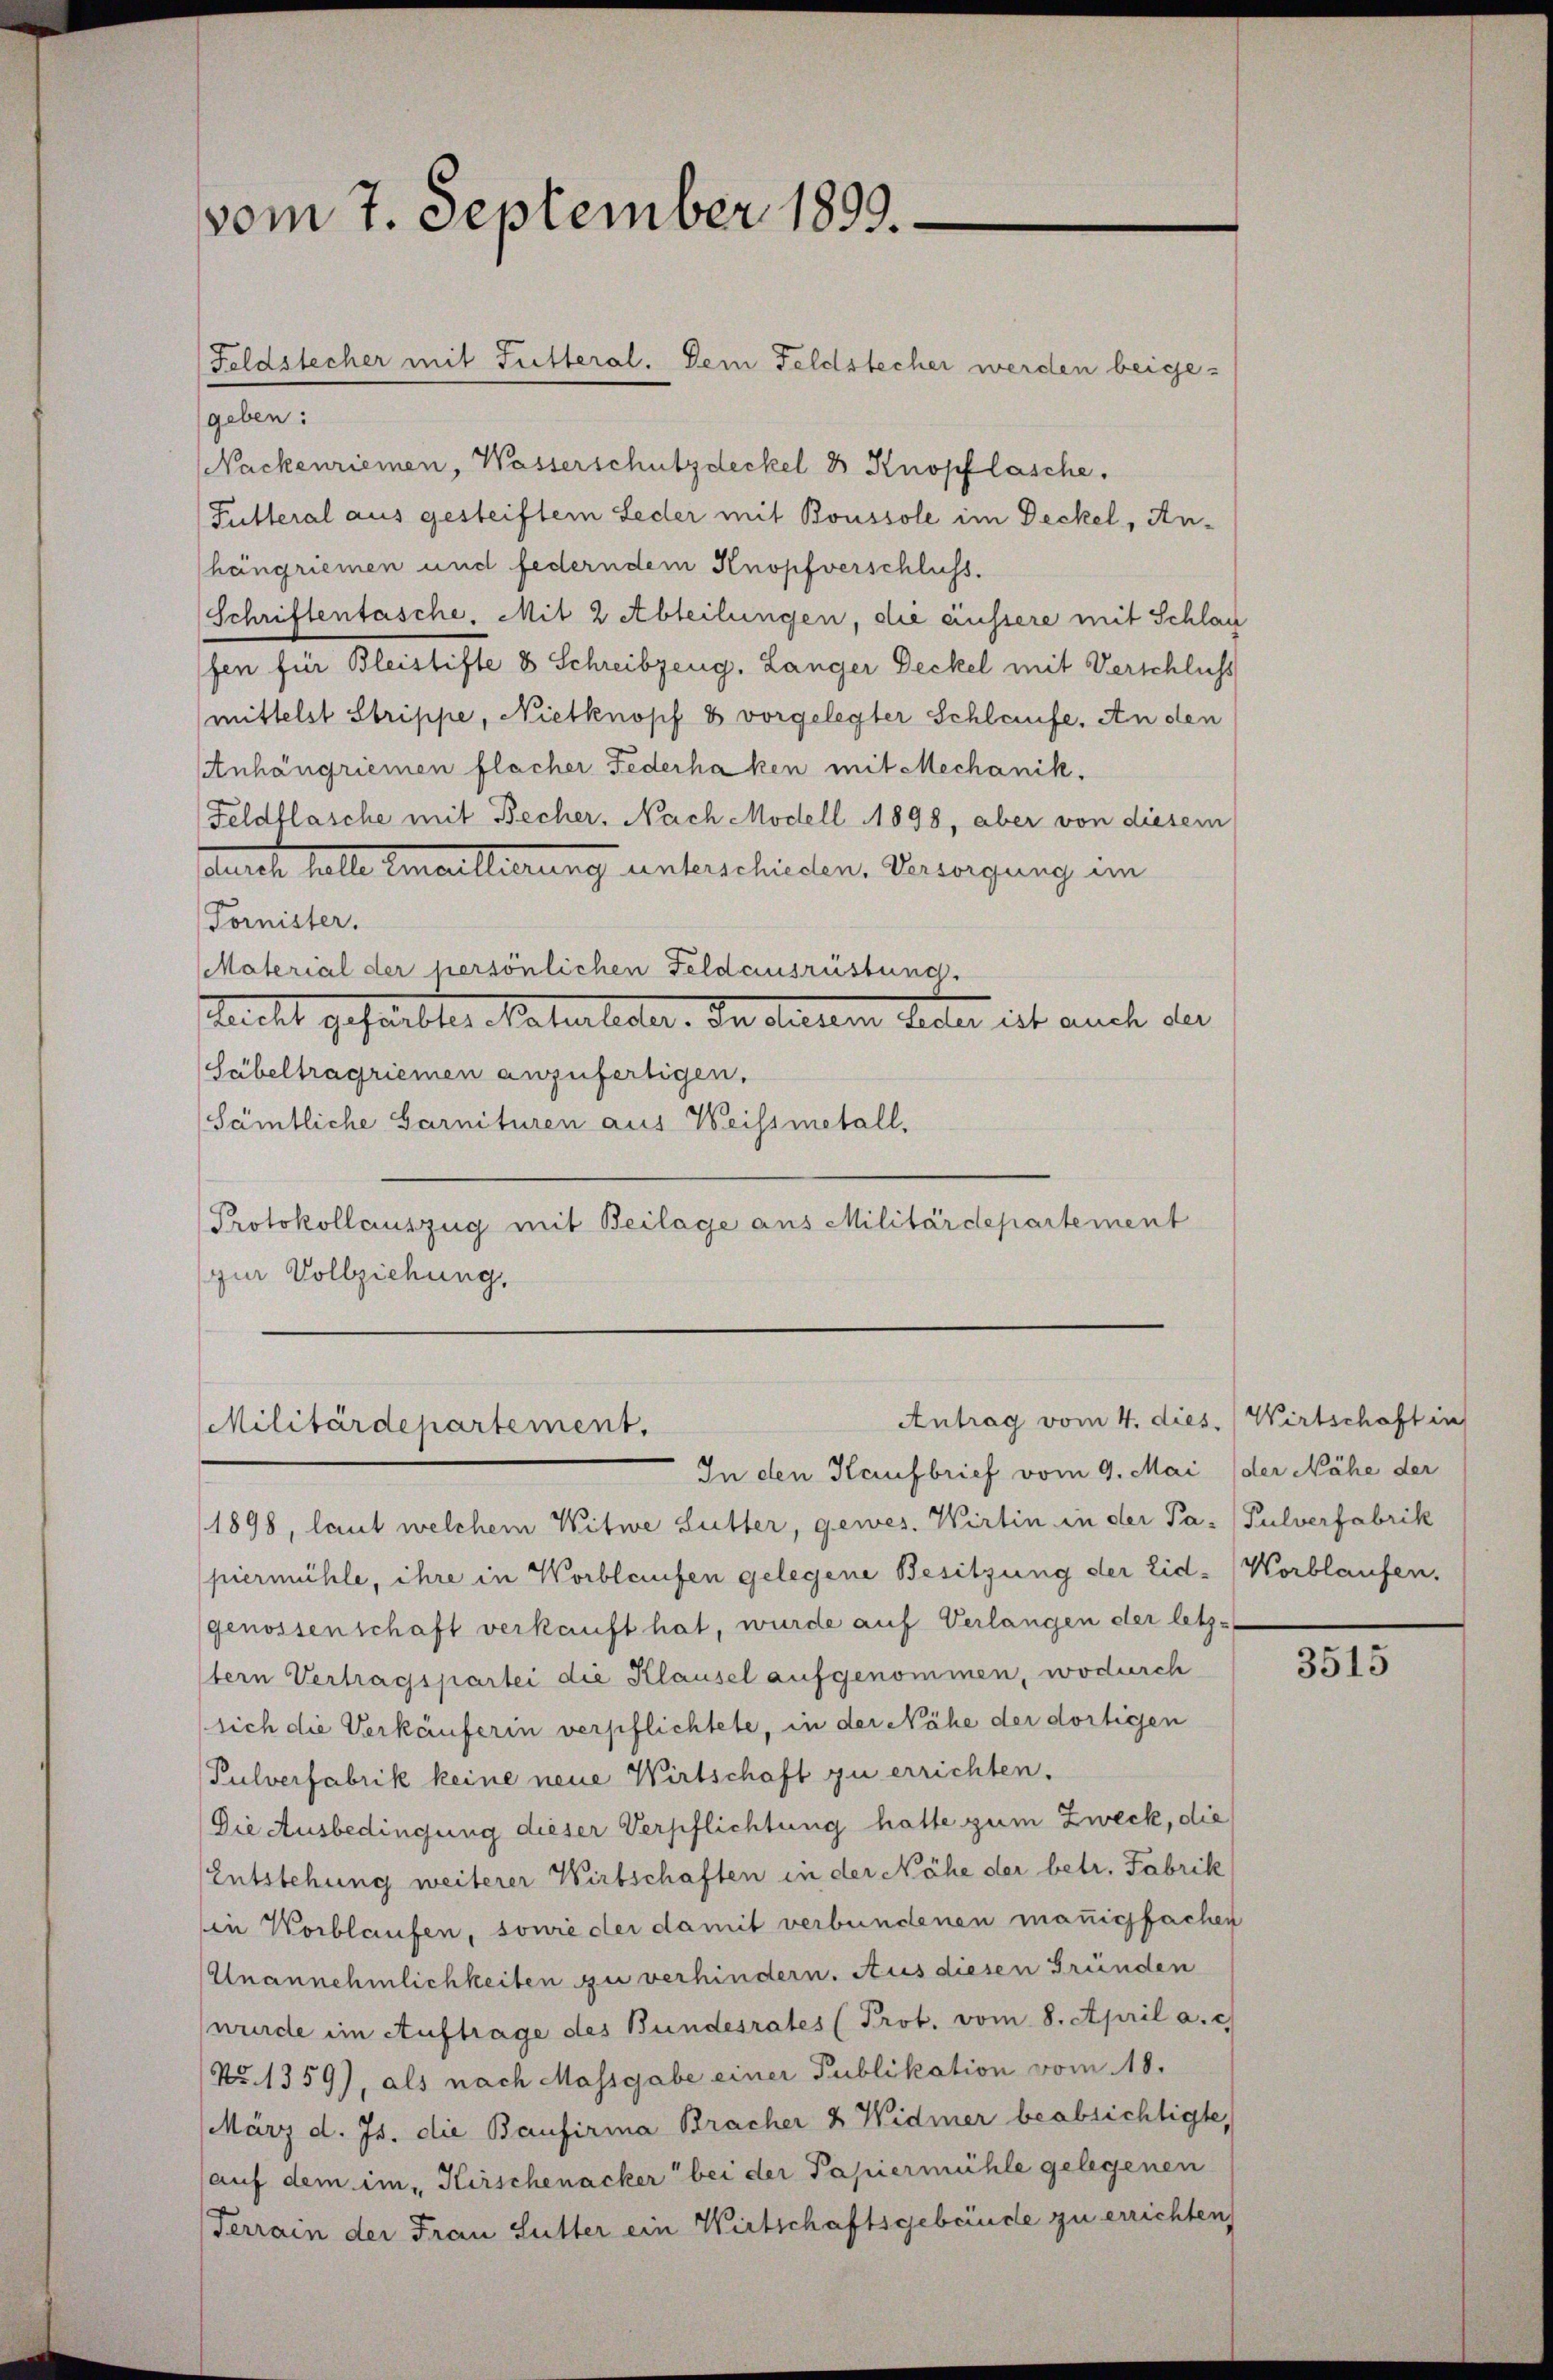
vom 7. September 1899.

Feldstecher mit Futteral. Dem Feldstecher werden beige¬

geben:
Nackenriemen, Wasserschutzdeckel 8 Knopflasche,
Futteral aus gesteiftem Leder mit Boussole im Deckel, Anhängriemen und federndem Knopfverschluss.
Schriftentasche. Mit 2 Abteilungen, die äussere mit Schlag
fen für Bleistifte 8 Schreibzeug, Langer Deckel mit Verschluss
mittelst Strippe, Nietknopf 8 vorgelegter Schlaufe. An den
Anhängriemen flacher Federhaken mit Mechanik.
Feldflasche mit Becher, Nach Modell 1898, aber von diesem
durch helle Emaillierung unterschieden. Versorgung im
Tornister.
Material der persönlichen Feldausrüstung.
teicht gehabter Naterlesen. In deten Seiter ist auch der
Säbeltragriemen anzufertigen.
Sämtliche Garnituren aus Weissmetall.
Protokollauszug mit Beilage aus Militärdepartement
zur Vollziehung.

Antrag vom 4. dies. Wirtschaft in
Militärdepartement.

In den Kaufbrief vom 9. Mai (der Nähe der

1898, laut welchem Witwe Lutter, gewes. Wirtin in der Pa- Pulverfabrik
piermühle, ihre in Worblaufen gelegene Besitzung der Eid- Korblaufen.
genossenschaft verkauft hat, wurde auf Verlangen der letz-
tern Vertragspartei die Klausel aufgenommen, wodurch
sich die Verkäuferin verpflichtete, in der Nähe der dortigen
Pulverfabrik keine neue Wirtschaft zu errichten.
Die Ausbedingung dieser Verpflichtung hatte zum Zweck, die
Entstehung weiterer Wirtschaften in der Nähe der betr. Fabrik
in Worblaufen, sowie der damit verbundenen manigfachen
Unannehmlichkeiten zu verhindern. Aus diesen Gründen
wurde im Auftrage des Bundesrates (Prot. vom 8. April a. c.
Nr. 1359), als nach Massgabe einer Publikation vom 18.
März d. Js. die Baufirma Bracher 2 Widmer beabsichtigte,
auf dem im „Kirschenacker bei der Papiermühle gelegenen
Terrain der Frau Sutter ein Wirtschaftsgebäude zu errichten

3515